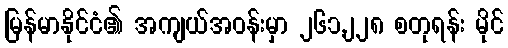
မြန်မာနိုင်ငံ၏ အကျယ်အဝန်းမှာ ၂၆၁,၂၂၈ စတုရန်း မိုင်